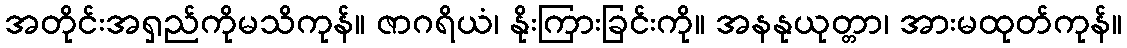
အတိုင်းအရှည်ကိုမသိကုန်။ ဇာဂရိယံ၊ နိုးကြားခြင်းကို။ အနနုယုတ္တာ၊ အားမထုတ်ကုန်။